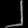
Digit: ၂